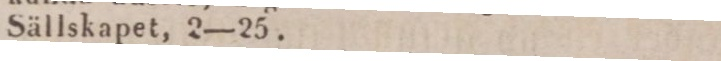
Sällskapet, 2—25.